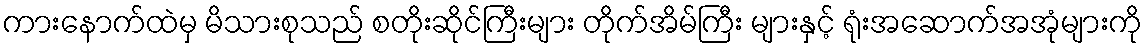
ကားနောက်ထဲမှ မိသားစုသည် စတိုးဆိုင်ကြီးများ တိုက်အိမ်ကြီး များနှင့် ရုံးအဆောက်အအုံများကို